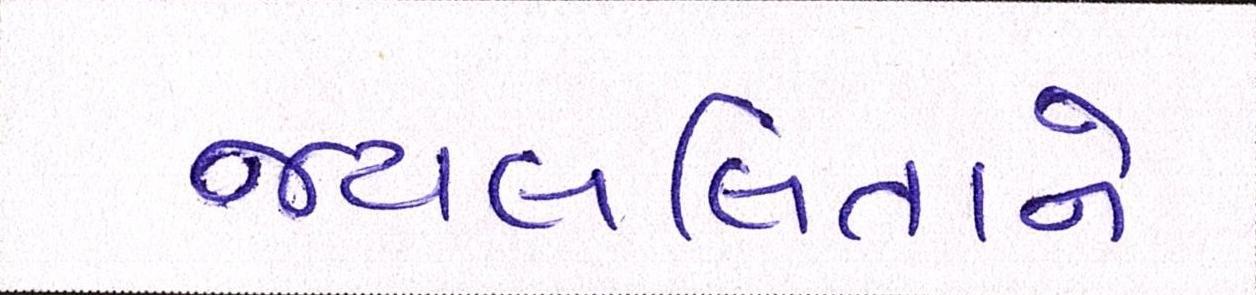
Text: જયલલિતાને